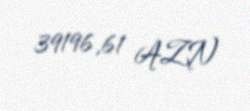
39196,61 AZN